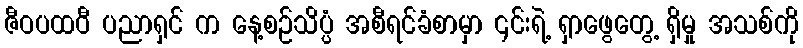
ဇီဝပထဝီ ပညာရှင် က နေ့စဉ်သိပ္ပံ အစီရင်ခံစာမှာ ၎င်းရဲ့ ရှာဖွေတွေ့ ရှိမှု အသစ်ကို